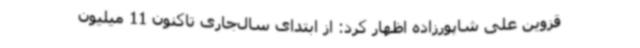
قزوین علی شاپورزاده اظهار کرد: از ابتدای سال‌جاری تاکنون 11 میلیون